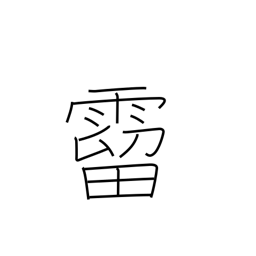
Meaning: raindrops falling from the eaves